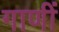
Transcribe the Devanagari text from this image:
गाणीं